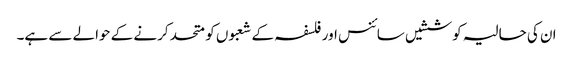
ان کی حالیہ کوششیں سائنس اور فلسفہ کے شعبوں کو متحد کرنے کے حوالے سے ہے۔